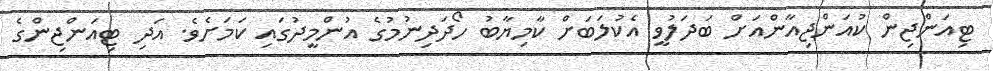
ޓިއަންޖިން ކުއަންޖިއާންއަށް ބަދަލުވީ އެކުލަބަށް ކާމިޔާބު ހޯދަދިނުމުގެ އުންމީދުގައި ކަަމަށެވެ. އަދި ޓިއަންޖިންގެ